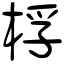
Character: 桴